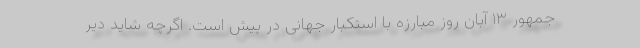
جمهور ۱۳ آبان روز مبارزه با استکبار جهانی در پیش است. اگرچه شاید دیر